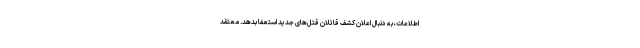
اطلاعات، به دنبال اعلان كشف قاتلان قتل‌هاى جدید استعفا بدهد. معتقد